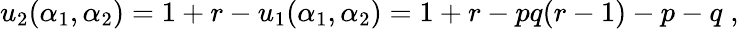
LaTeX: u_{2}(\alpha_{1},\alpha_{2})=1+r-u_{1}(\alpha_{1},\alpha_{2})=1+r-pq(r-1)-p-q\; ,